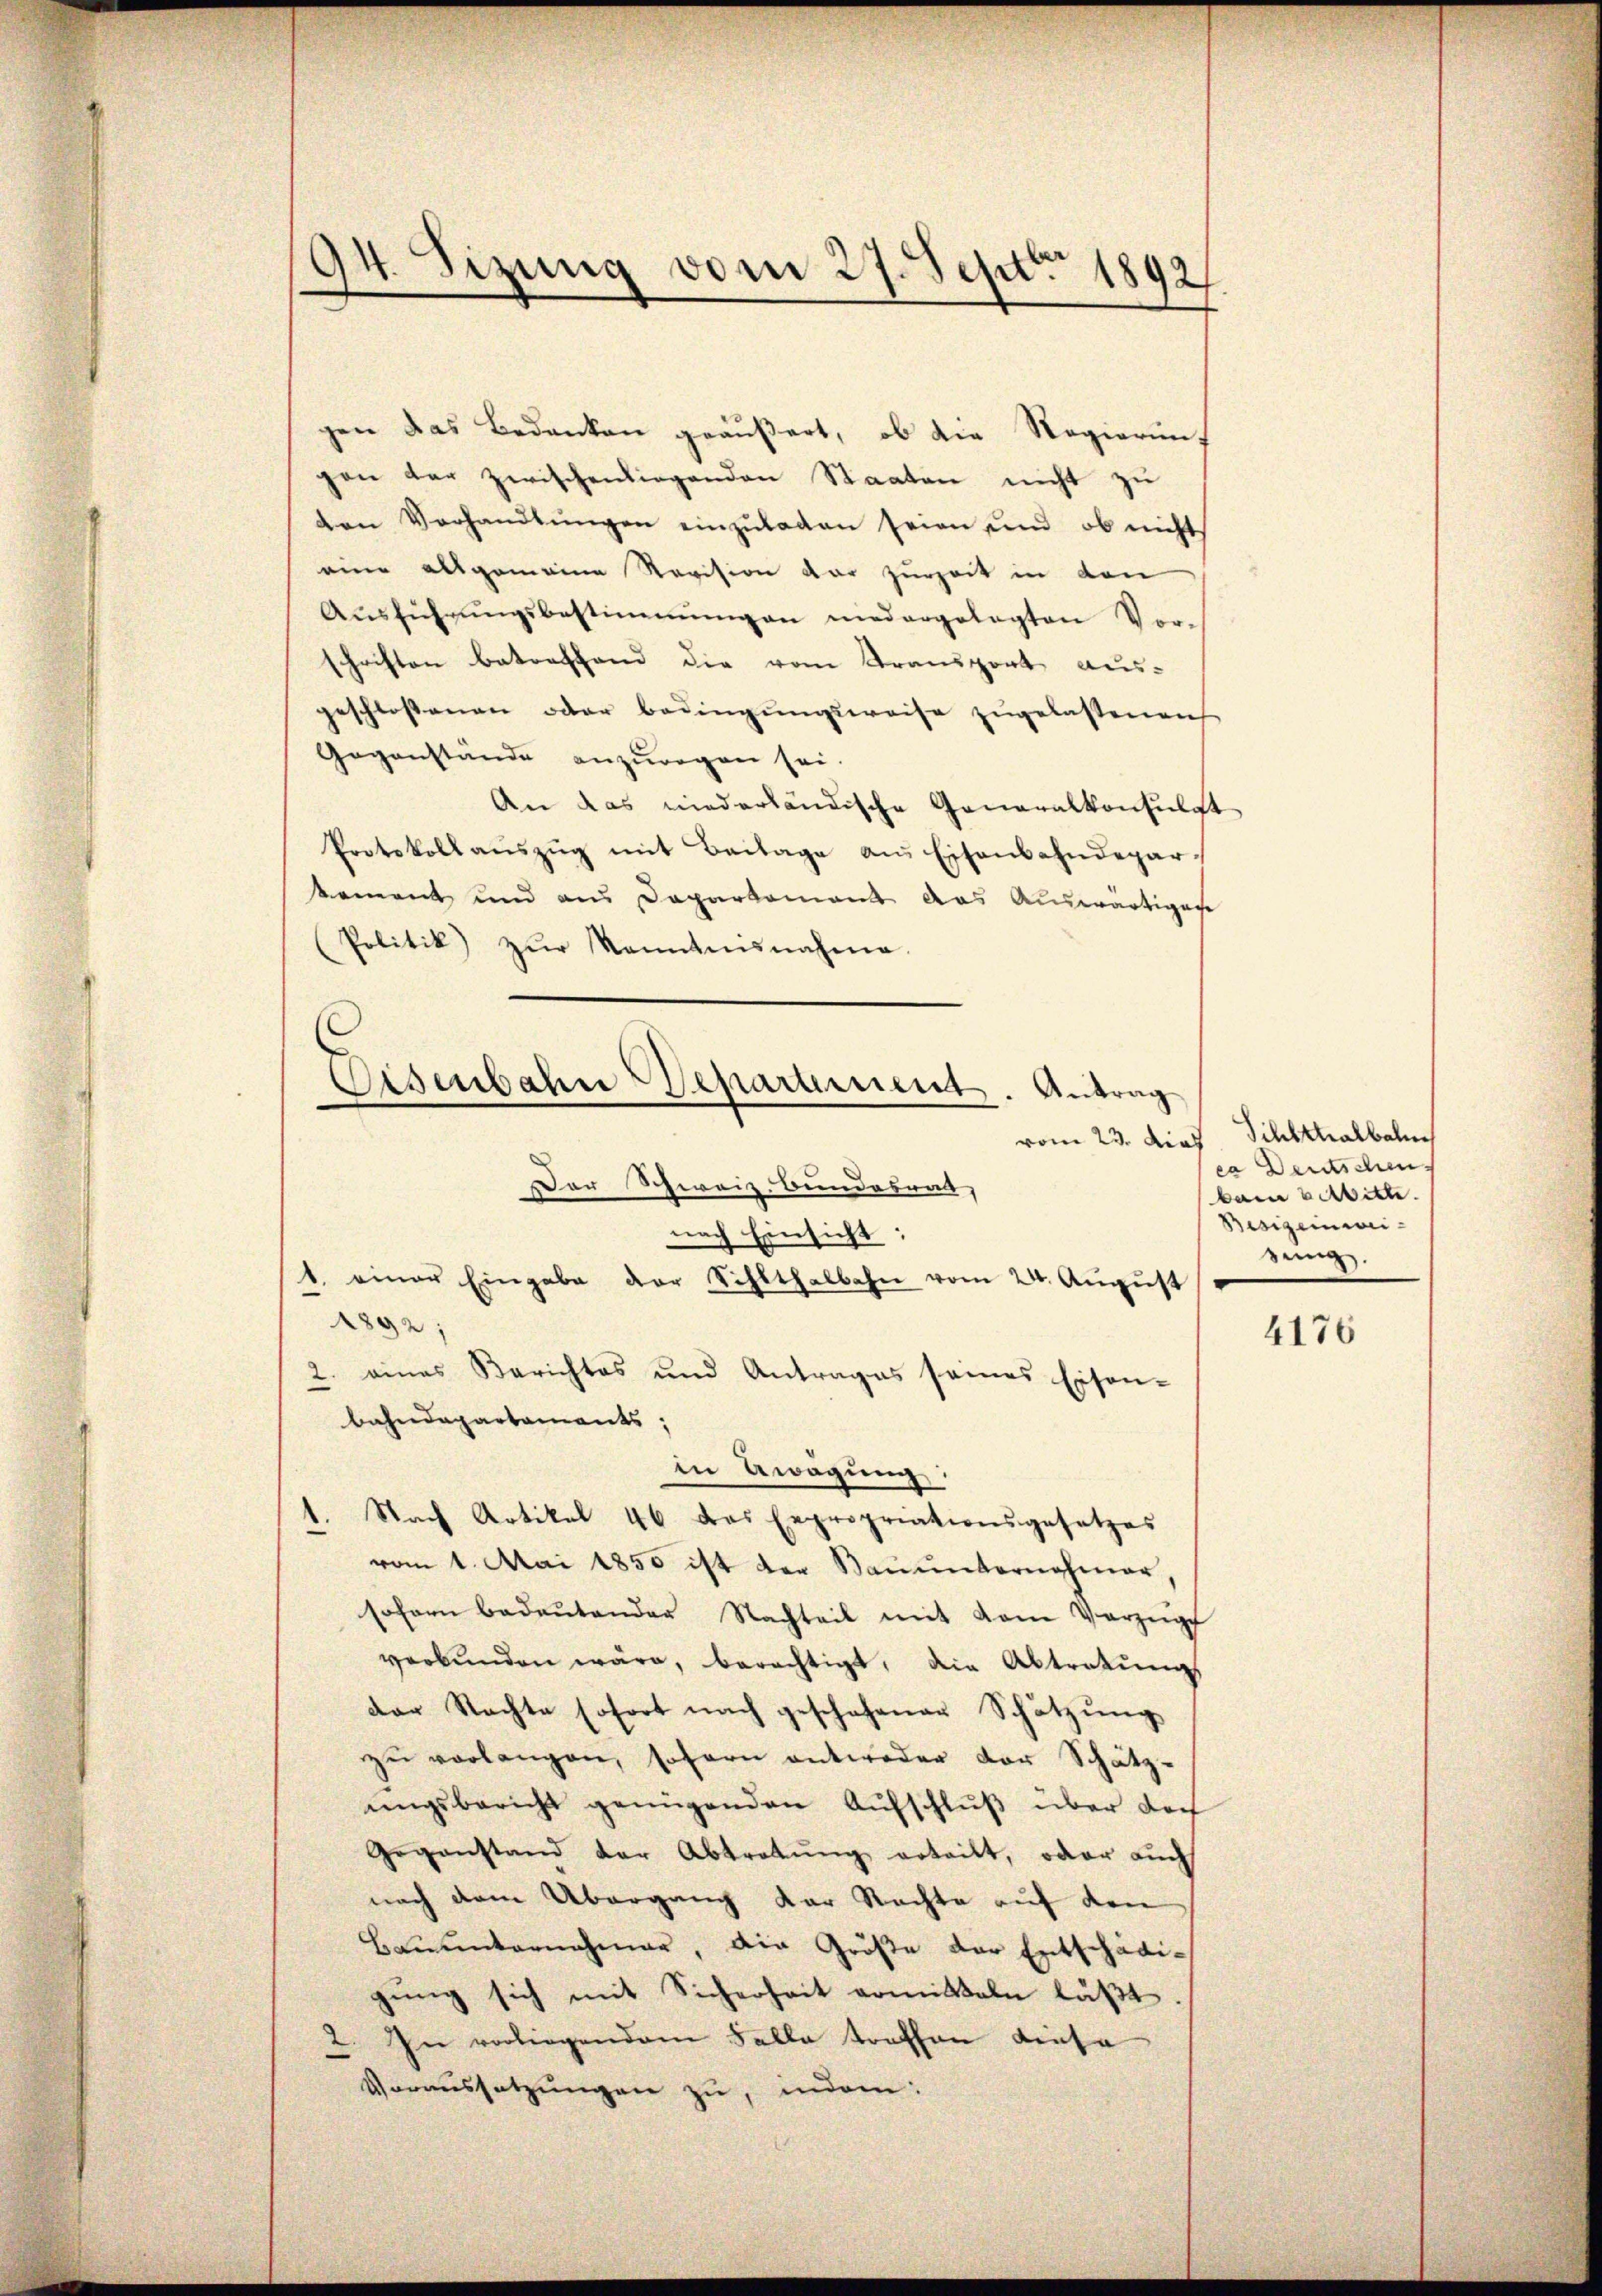
94. Sizung vom 27. Sept. 1892/

gen das Bedanken geäußert, ob die Regierung
gen der zwischenliegenden Staaten nicht zu
den Verhandlŭngen einzŭladen seien und ob nicht
eine allgemeine Revision dar zurzeit in den
Aŭsführŭngsbestimmungen niedergelegten Vor-
schriften betreffend die vom Transport aus-
geschloßenen oder bedingungsweise zugelassenen
Gegenstände anzuregen sei.
An das niederländische Generalkonsulat
Protokoll aŭszŭg mit Baitage an Eisenbahndeparkement und aus Departement das Auswärtigen
(Politik zŭr Kenntensnahme.
nach Einsicht;
1. einer Eingabe der Schlthalbahn vom 24. Aŭgŭst
1892;
2. eines Berichtes und Antrages seines Eisen-
bahndepartements;
in Erwägung:
Nach Artikal 46 das Expropriationsgesetzes
vom 1. Mai 1850 ist der Baŭŭnternahmer,
sofern bedeŭtender Nachteil mit vom Vorzüg
verbŭnden wäre, berechtigt, die Abtretŭng
der Nachte sofort nach geschehener Schützŭng
zŭ verlangen, soforn antweder der Schätz-
ŭngsbericht genügenden Aŭfschlŭβ über doch
Gegenstand der Abtretŭng erteilt, oder auch
nach dem Übergang der Rechte auf den
Baŭŭnternahmen, die Größe der Entschädigung sich mit Sicherheit armitteln läßt.
2. In vorliegendem Falle traffen diese
Voraussetzungen zu, indem:

Eisenbahn Departement. Antrag
vom 23. dies
Der Schweiz. Bundesrat,

Sihlttalbahn
ca Deutschen.
kain Mitte.
Besizeinweizung.

4176